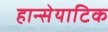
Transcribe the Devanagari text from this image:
हान्सेयाटिक